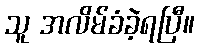
သူ အလိမ်ခံခဲ့ရပြီ။